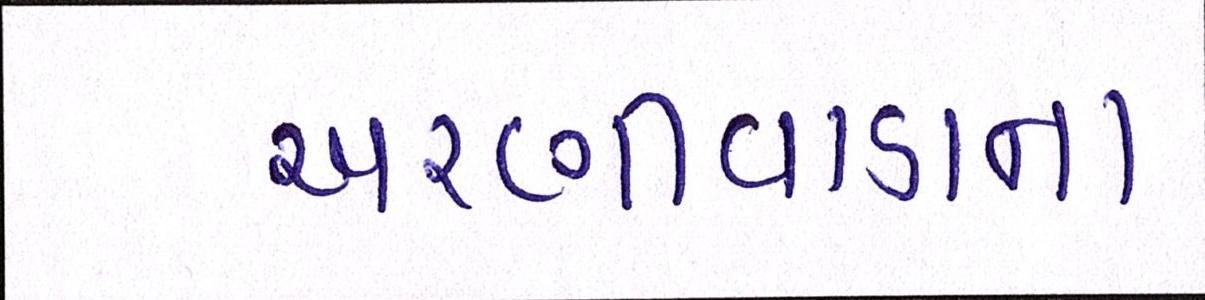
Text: અરણીવાડાના